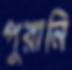
পুরানি